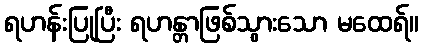
ရဟန်းပြုပြီး ရဟန္တာဖြစ်သွားသော မထေရ်။